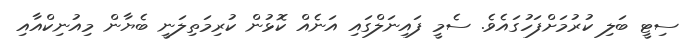
ސިޓީ ބަލި ކުރުމަށްފަހުގައެވެ. ސެމީ ފައިނަލްގައި އަނެއް ކޮޅުން ކުރިމަތިލަނީ ބެޔާން މިއުނިކްއާއި